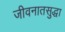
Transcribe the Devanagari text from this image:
जीवनातसुद्धा